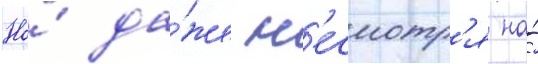
Но́ да́же н'есмотр'я на́